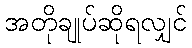
အတိုချုပ်ဆိုရလျှင်